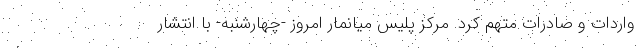
واردات و صادرات متهم کرد. مرکز پلیس میانمار امروز -چهارشنبه- با انتشار